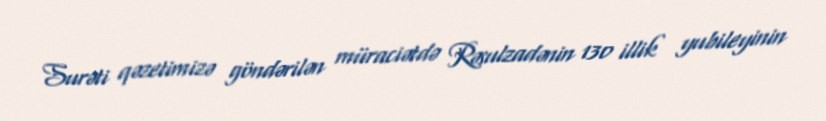
Surəti qəzetimizə göndərilən müraciətdə Rəsulzadənin 130 illik yubileyinin